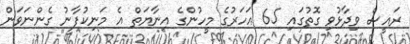
ރައީސް ވިދާޅުވި ގޮތުގައި 65 އަހަރުގެ މީހުންގެ އިނާޔަތް އެ މަނިކުފާނު ގެންނަވަން